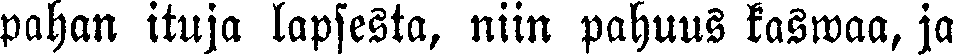
pahan ituja lapsesta, niin pahuus kaswaa, ja